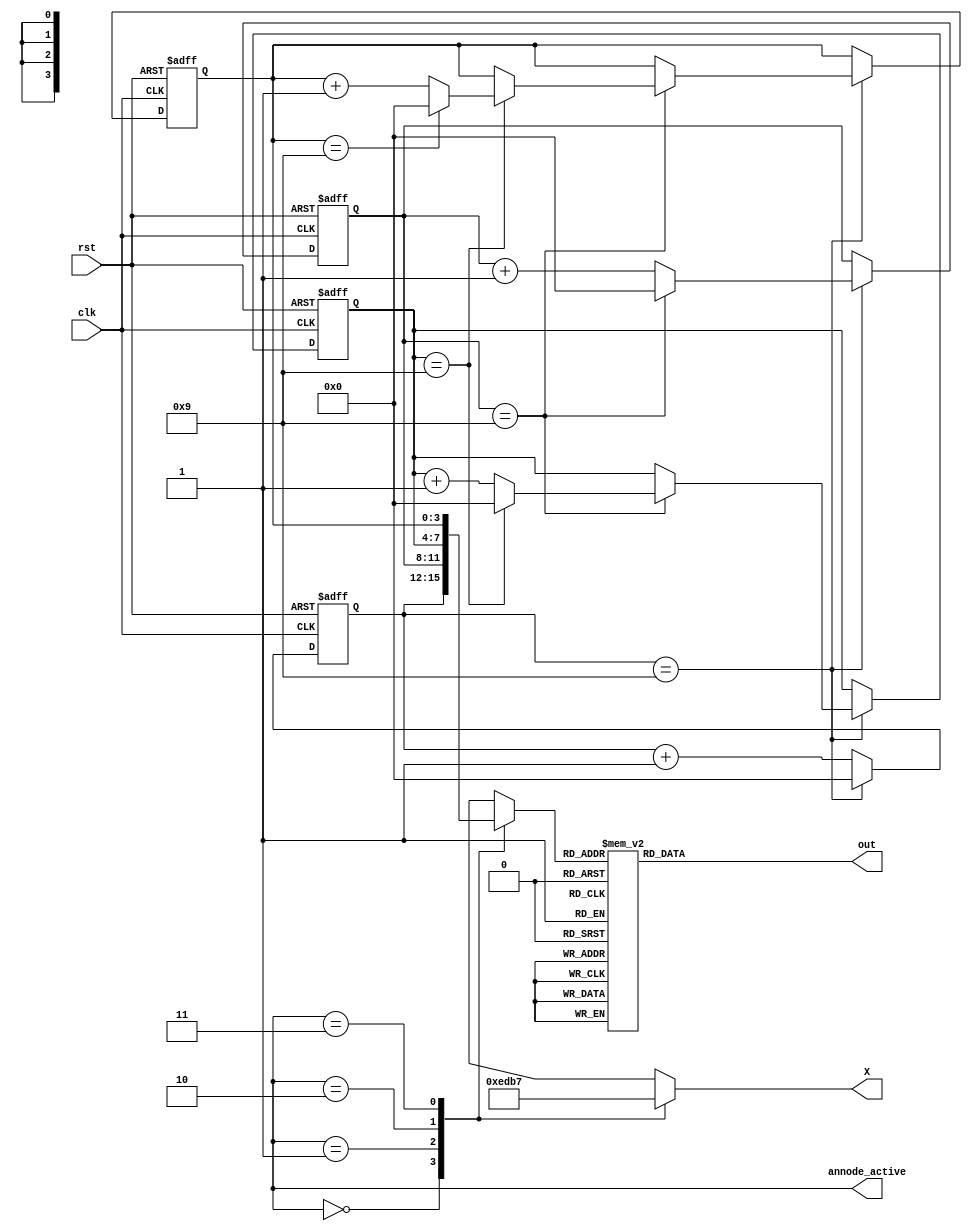
`timescale 1ns / 1ps
//////////////////////////////////////////////////////////////////////////////////
// Company: 
// Engineer: 
// 
// Design Name: 
// Module Name: seg
// Project Name: 
// Target Devices: 
// Tool Versions: 
// Description: 
// 
// Dependencies: 
// 
// Revision:
// Revision 0.01 - File Created
// Additional Comments:
// 
//////////////////////////////////////////////////////////////////////////////////


module seg(
        input clk,
        input rst,
        
        output reg [6:0] out,
        output reg [3:0] X,
        output [1:0] annode_active
        );
        
        reg [3:0] bcd_digit;
        reg [3:0] bcd_digit2;
        reg [3:0] bcd_digit3;
        reg [3:0] bcd_digit4;
        
    always @ (posedge(clk),posedge(rst))
    begin
    if(rst == 1)
    begin
        bcd_digit <= 0;
        bcd_digit2 <= 0;
        bcd_digit3 <= 0;
        bcd_digit4 <= 0;
    end
    else if(bcd_digit == 4'b1001)begin
        bcd_digit <= 0;
        if(bcd_digit2 == 4'b1001)begin
            bcd_digit2 <= 0;
            if(bcd_digit3 == 4'b1001)begin
                bcd_digit3 <= 0;
                if(bcd_digit4 == 4'b1001)begin
                    bcd_digit4 <= 0;
                end
                else bcd_digit4 <= bcd_digit4+1;
            end
            else bcd_digit3 <= bcd_digit3+1;
        end
        else bcd_digit2 <= bcd_digit2+1;
    end
    else bcd_digit <= bcd_digit+1;
    end 

reg [3:0] num;
always @ * begin
    case(annode_active)
        2'b00: begin
            X = 4'b1110;
            num = bcd_digit;
        end
        2'b01: begin
            X = 4'b1101;
            num = bcd_digit2;
        end
        2'b10:begin
            X = 4'b1011;
            num = bcd_digit3;
        end
        2'b11:begin
            X = 4'b0111;
            num = bcd_digit4;
        end
    endcase
end

    always@(num)
begin
    case(num)
        1: out <= 7'b1001111;
        2: out <= 7'b0100100;
        3: out <= 7'b0110000;
        4: out <= 7'b0011001;
        5: out <= 7'b0010010;
        6: out <= 7'b0000010;
        7: out <= 7'b1111000;
        8: out <= 7'b0000000;
        9: out <= 7'b0010000;
        default: out <= 7'b1000000;
        endcase
        
        
end
        
        endmodule